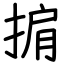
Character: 掮